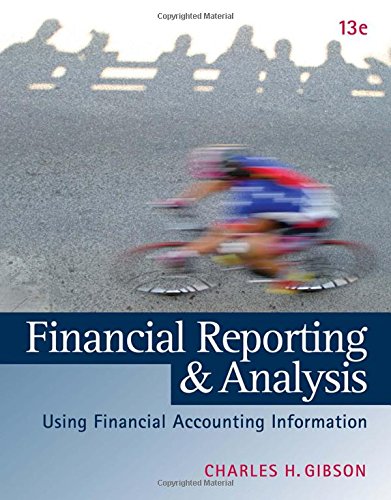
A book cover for Financial Reporting and Analysis: Using Financial Accounting Information (with Thomson ONE Printed Access Card); Charles H. Gibson; Business & Money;